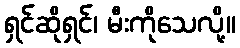
ရှင်ဆိုရှင်၊ မီးကိုသေလို့။